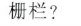
栅栏?